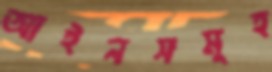
আইনসমূহ